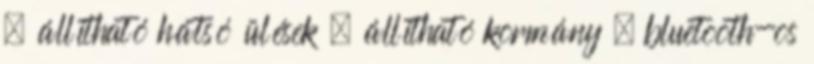
– állítható hátsó ülések – állítható kormány – bluetooth-os